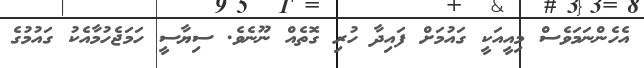
އެހެންނަމަވެސް މިއީއަކީ ގައުމަށް ފައިދާ ހުރި ގޮތެއް ނޫނެވެ. ސިޔާސީ ހަމަޖެހުމާއެކު ގައުމުގެ